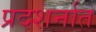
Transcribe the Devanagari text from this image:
प्रदशर्नात